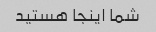
شما اینجا هستید